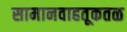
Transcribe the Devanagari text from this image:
सामानवाहतूकतळ